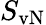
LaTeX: S_{\mathrm{vN}}